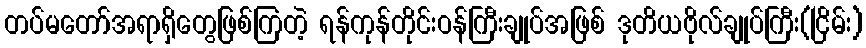
တပ်မတော်အရာရှိတွေဖြစ်ကြတဲ့ ရန်ကုန်တိုင်းဝန်ကြီးချုပ်အဖြစ် ဒုတိယဗိုလ်ချုပ်ကြီး(ငြိမ်း)